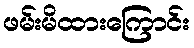
ဖမ်းမိထားကြောင်း